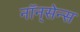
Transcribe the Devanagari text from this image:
नॉन्‌सेन्स